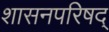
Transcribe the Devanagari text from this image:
शासनपरिषद्